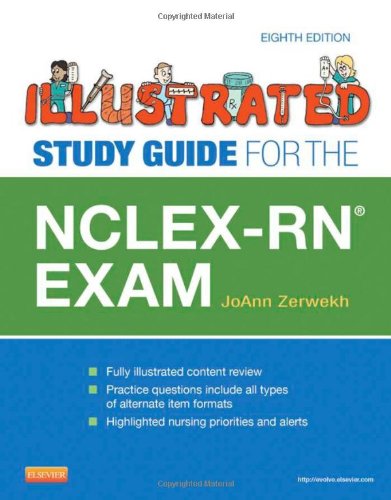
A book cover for Illustrated Study Guide for the NCLEX-RNÂ® Exam, 8e; JoAnn Zerwekh MSN  EdD  RN; Test Preparation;